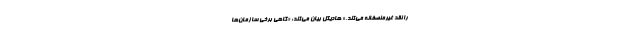
را نقد غیرمنصفانه می‌کند.» هادیگل بیان می‌کند: «گاهی برخی سازمان‌ها